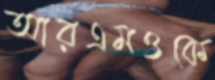
আরএমওকে